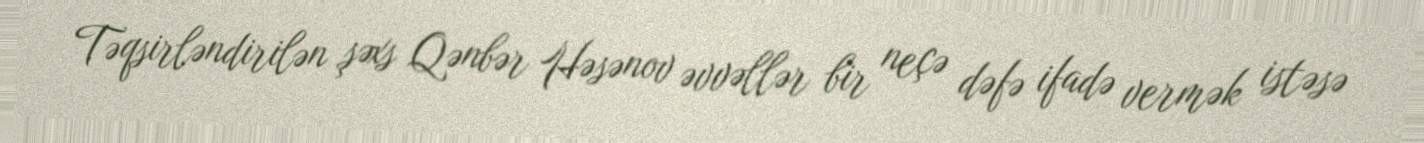
Təqsirləndirilən şəxs Qənbər Həsənov əvvəllər bir neçə dəfə ifadə vermək istəsə